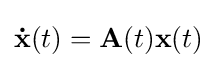
\mathbf {\dot {x}} (t)=\mathbf {A} (t)\mathbf {x} (t)